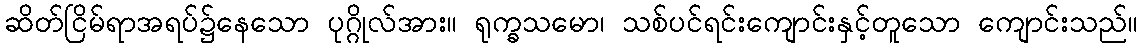
ဆိတ်ငြိမ်ရာအရပ်၌နေသော ပုဂ္ဂိုလ်အား။ ရုက္ခသမော၊ သစ်ပင်ရင်းကျောင်းနှင့်တူသော ကျောင်းသည်။